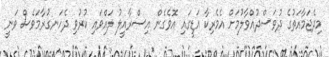
މިދެޖަމާއަތުގެ ދުވަސްދުއްވާލުމަށް އެމެރިކާ އަޑީގައި އޮވެގެން އިސްރާއީލު ލައްވައި ކުރުވި ދެހަނގުރާމަވެސް ވަނީ